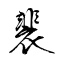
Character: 裴